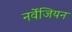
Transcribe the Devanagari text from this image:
नर्वेजियन